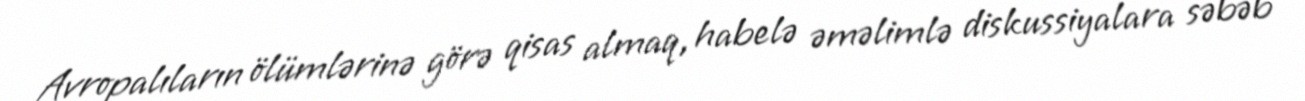
Avropalıların ölümlərinə görə qisas almaq, habelə əməlimlə diskussiyalara səbəb